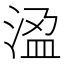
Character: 𭰾